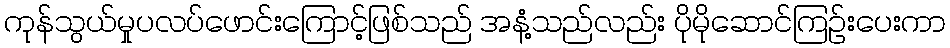
ကုန်သွယ်မှုပလပ်ဖောင်းကြောင့်ဖြစ်သည် အနံ့သည်လည်း ပိုမိုဆောင်ကြဉ်းပေးကာ